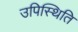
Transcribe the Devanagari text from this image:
उपिस्थिति